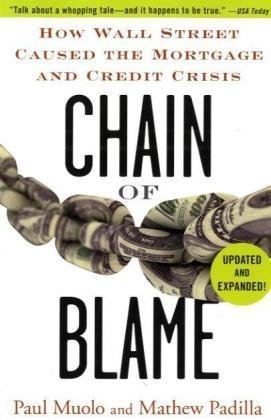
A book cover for Chain of Blame: How Wall Street Caused the Mortgage and Credit Crisis; Paul Muolo; Business & Money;